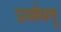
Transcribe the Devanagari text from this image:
ऊर्ध्वधनु